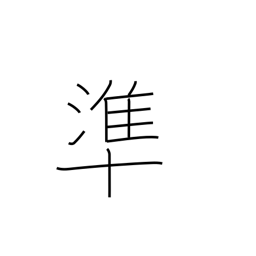
Meaning: correspond to